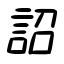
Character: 詔